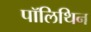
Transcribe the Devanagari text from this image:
पॉलिथिन